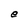
Character: e